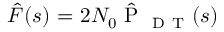
\hat { F } ( s ) \mathrm { ~ = ~ } 2 { { N } _ { 0 } } \hat { \mathrm { ~ P ~ } } _ { \mathrm { ~ D ~ T ~ } } ( s )